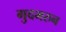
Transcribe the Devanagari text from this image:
गुदमरुन